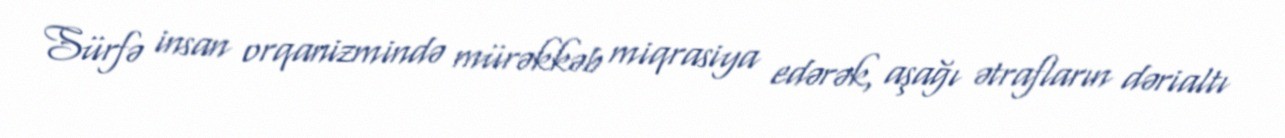
Sürfə insan orqanizmində mürəkkəb miqrasiya edərək, aşağı ətrafların dərialtı